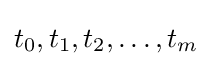
t_{0},t_{1},t_{2},\ldots ,t_{m}